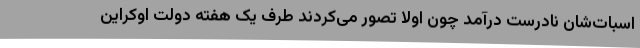
اسبات‌شان نادرست درآمد چون اولا تصور می‌کردند طرف یک هفته دولت اوکراین